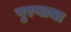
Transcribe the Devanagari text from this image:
पुरणाचा